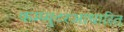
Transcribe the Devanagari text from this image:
कम्प्युटरआधारित